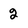
Character: 2